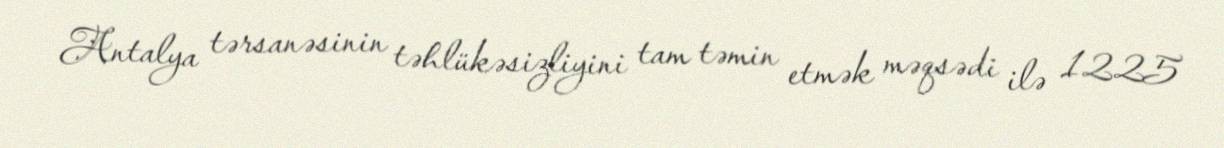
Antalya tərsanəsinin təhlükəsizliyini tam təmin etmək məqsədi ilə 1225